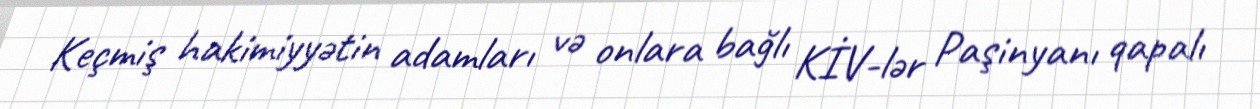
Keçmiş hakimiyyətin adamları və onlara bağlı KİV-lər Paşinyanı qapalı